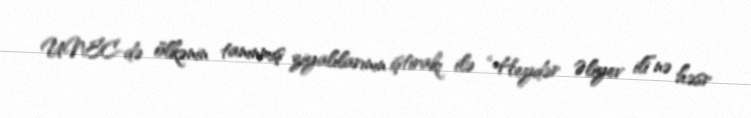
UNEC-də ölkənin tanınmış ziyalılarının iştirakı ilə “Heydər Əliyev ili”nə həsr